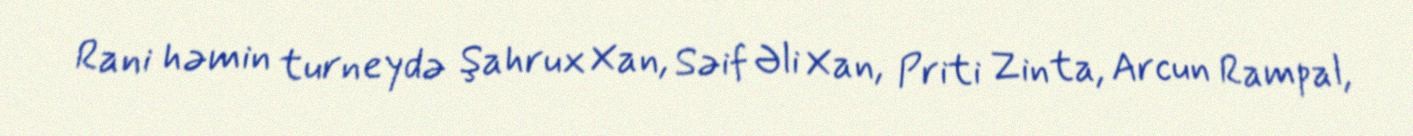
Rani həmin turneydə Şahrux Xan, Səif Əli Xan, Priti Zinta, Arcun Rampal,